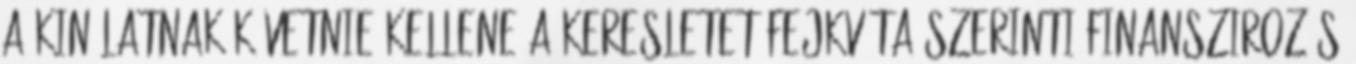
a kinálatnak követnie kellene a keresletet Fejkvóta szerinti finanszirozás